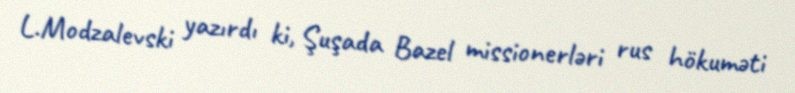
L.Modzalevski yazırdı ki, Şuşada Bazel missionerləri rus hökuməti